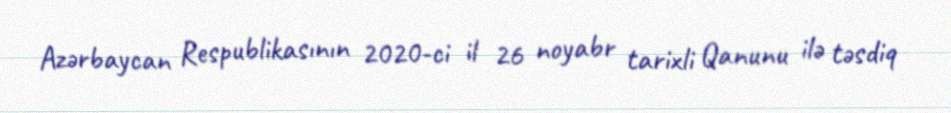
Azərbaycan Respublikasının 2020-ci il 26 noyabr tarixli Qanunu ilə təsdiq